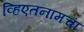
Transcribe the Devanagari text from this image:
व्हिएतनामचा